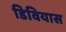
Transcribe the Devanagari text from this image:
डिवियास